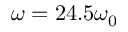
\omega = 2 4 . 5 \omega _ { 0 }